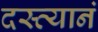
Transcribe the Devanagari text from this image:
दस्त्यानं